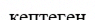
кептеген